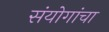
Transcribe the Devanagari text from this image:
संयोगांचा